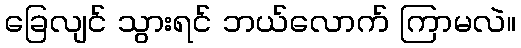
ခြေလျင် သွားရင် ဘယ်လောက် ကြာမလဲ။